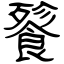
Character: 餮